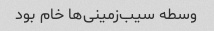
وسطه سیب‌زمینی‌ها خام بود